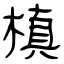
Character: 槙